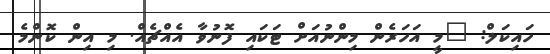
ހައިކަލް: "މީ އަހަރެން މިންނުއަށް ޓަކައި ފޮނުވާ އެއްޗެއް. މި އިން ކޮންމެ